King Institute of Preventive Medicine Micro-Biological Section reports 1909-11
Year: 1909
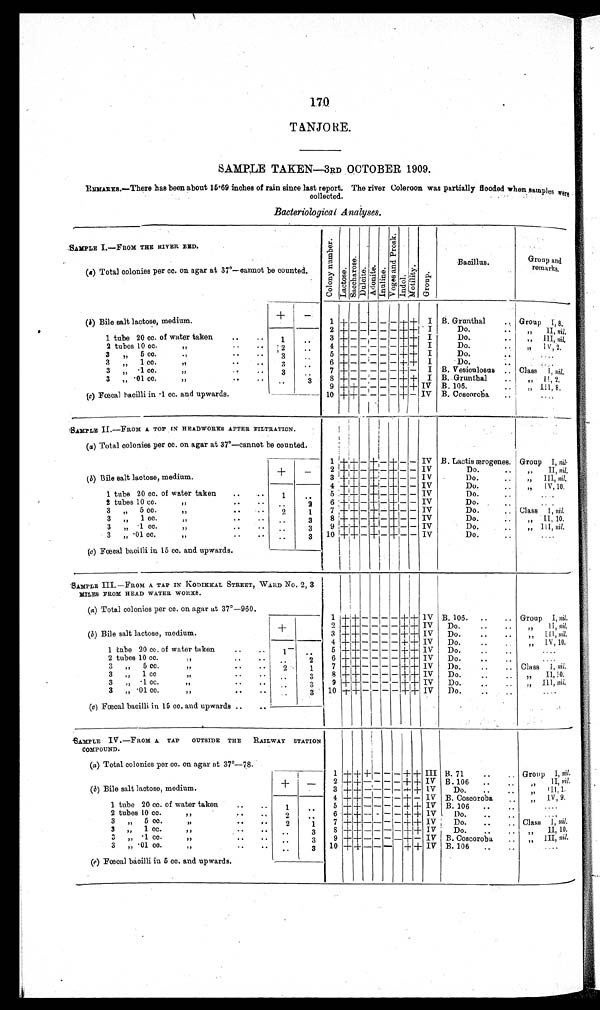
170
TANJORE.
SAMPLE TAKEN—3RD OCTOBER 1909.
REMARKS.—There has been about 15.69 inches of rain since last report. The river Coleroon was partially flooded when samples were
collected.
Bacteriological Analyses.
SAMPLE I.—FROM THE RIVER BED.
C o l o n y n u m b e r .
L a c t o s e .
S a c c h a r o s e .
D u l c i t e . A d o n i t e . I n u l i n e .
V o g e s a n d P r o s k .
I n d o l .
M o t i l i t y .
G r o u p .
Bacillus.
Group and
remarks.
(a ) Total colonies per cc. on agar at 37°—cannot be counted.
+
-
(b) Bile salt lactose, medium.
1 + - - - - - + + I B. Granthal
.. Group I , 8.
2 + - - - - - + + I
Do.
..
, , . . I I , nil.
1 tube 20 cc. of water taken
..
. . 1
. . 3 + - - - - - + + I
Do.
. .
, ,
III,nil.
2 tubes 10 cc.
,,
. . 2
..
4 + - - - - - + + I
Do.
. .
, , IV, 2.
3 „ 5 cc.
,,
..
. . 3
..
5 + - - - - - + +
I
Do.
. .
. . . .
3 „ 1 cc.
,,
..
. .
3
. . 6 + - - - - - + + I
Do.
..
. . . .
3 „ .1 cc.
, ,
. . 3 ..
7 + - - - - - + - I B. Vesiculosus .. Class I, nil.
3 „
. 0 1 c c .
„
..
..
.. 3
8 + - - - - - + + I B. Grunthal
„ II, 2.
9 +
+ - - - - + + IV B. 106.
.. ,, III, 8.
(c ) Fœcal bacilli in .1 cc. and upwards.
..
10 +
+
- - - - + - IV B. Coscoroba
..
. . . .
SAMPLE II.—FROM A TOP IN HEADWORKS AFTER FILTRATION.
(a ) Total colonies per cc. on agar at 37°—cannot be counted.
1 + + - + - + - - IV B. Lactis ærogenes. Group I, nil.
+ -
2 + + - + - + - - IV
Do.
. .
, , II, nil.
( b) Bile salt lactose, medium.
3 + + - + - + - - IV
Do.
.. „ III, nil.
4 + + - + - + - - I V
Do.
..
, , I V , 10.
1 tube 20 cc. of water taken
..
1
..
5 + + - + - + - - IV
Do.
. .
. . . .
2 tubes 10 cc.
,,
. .
.. 2
6 + + - + - + - - IV
Do.
. .
. . . .
3 „ 5 cc.
,,
. .
2
1
7 +
+ - + - + - - IV
Do.
.. Class I, nil.
3 „ 1 cc.
,,
..
. .
.. 3 8 + + - + - + - - IV
Do.
.. „ II, 10.
3 „ .1 cc.
, ,
. .
. .
.. 3
9 + + - + - + - - I V
Do.
..
, ,
III, nil. nil.
3 „
. 0 1 c c .
,,
..
. .
. . 3 10 + + - + - + - - IV
Do.
. .
. . . .
(c) Fœcal bacill
i in 15 cc. and. upwards.
SAMPLE III.—FROM A TAP IN KODIKKAL STREET, WARD No. 2, 3
MILES FROM HEAD WATER WORKS.
(a) Total colonies per cc. on agar at 37°—960.
1 + + - - - - + + I V B. 106. . .
. .
Group I ,
nil.
+
2
+ + - - - - + + I V
Do.
..
..
, , II, nil.
(b) Bile salt lactose, medium.
3 + + - - - - + + IV Do.
.. ,, III, nil.
4 + + - - - - + + IV Do.
..
. .
, ,
IV, 10.
1 tube 20 cc. of water taken
..
..
1
. . 5 + + - - - - + + I V Do.
..
..
....
2 tubes 10 cc.
, ,
. .
..
2
6 + + - - - - + + IV Do.
..
. .
. . . .
3 „ 5 cc.
,,
..
. . 2
1
7 + + - - - - + + IV Do.
..
.. Class I, nil.
3 „ 1 cc.
„
..
. . ..
3
8 + + - - - - + + IV Do.
..
.. „ II, 10.
3 „ .1 cc.
, ,
. .
. .
. . 3
9 + + - - - - + + IV Do.
. .
, ,
III, nil.
3 „
. 0 1 c c .
,,
..
. .
3
10 + + - - - - + + IV Do.
..
. .
. . . .
(c) Fœcal bacilli in 15 cc. and upwards
..
SAMPLE IV.—FROM A TAP OUTSIDE THE RAILWAY STATION
COMPOUND.
(a) Total colonies per cc. on agar at 37°—78.
1 + + + - - - + + III B. 71
..
Group I ,
nil.
+
- 2 + + - - - - + + IV B. 106 ..
, , II, nil.
(b) Bile salt lactose, medium.
3 + + - - - - + + IV Do. ..
..
, , I I I ,
1.
4 + + - - - - + + IV B. Coscoroba
, , IV, 9.
1 tube 20 cc. of water taken
..
1 . . 5 + + - - - - + + IV B. 106
. . . .
2 tubes 10 cc.
,,
. . 2
. . 6 + + - - - - + + IV Do.
. .
. . . .
3 „ 5 cc.
,, . .
2
1
7 +
+ - - - - + + IV Do. ..
.. Class I, nil.
3 „ 1 cc.
,,
..
.. ..
3
8 +
+ - - - - + + IV Do.
..
, ,
II, 10.
3 „ .1 cc.
,,
. .
. .
.. 3
9 + + - - - - + + IV B. Coscoroba ..
, ,
III, nil.
3 „ .01 cc.
,,
..
.. ..
3 10 + + - - - + + IV B. 106 ..
..
....
(c) Fœcal bacilli in 5 cc. and upwards.